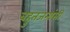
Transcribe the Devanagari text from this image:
बहुतजनांसी